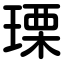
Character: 瑮